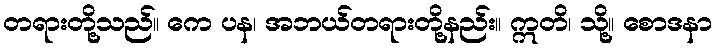
တရားတို့သည်။ ကေ ပန၊ အဘယ်တရားတို့နည်း။ ဣတိ၊ သို့။ စောဒနာ